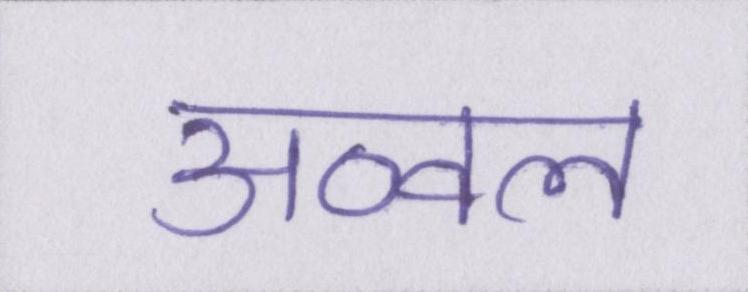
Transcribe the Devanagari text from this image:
अव्वल